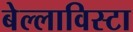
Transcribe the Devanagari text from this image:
बेल्लाविस्टा